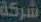
شركة